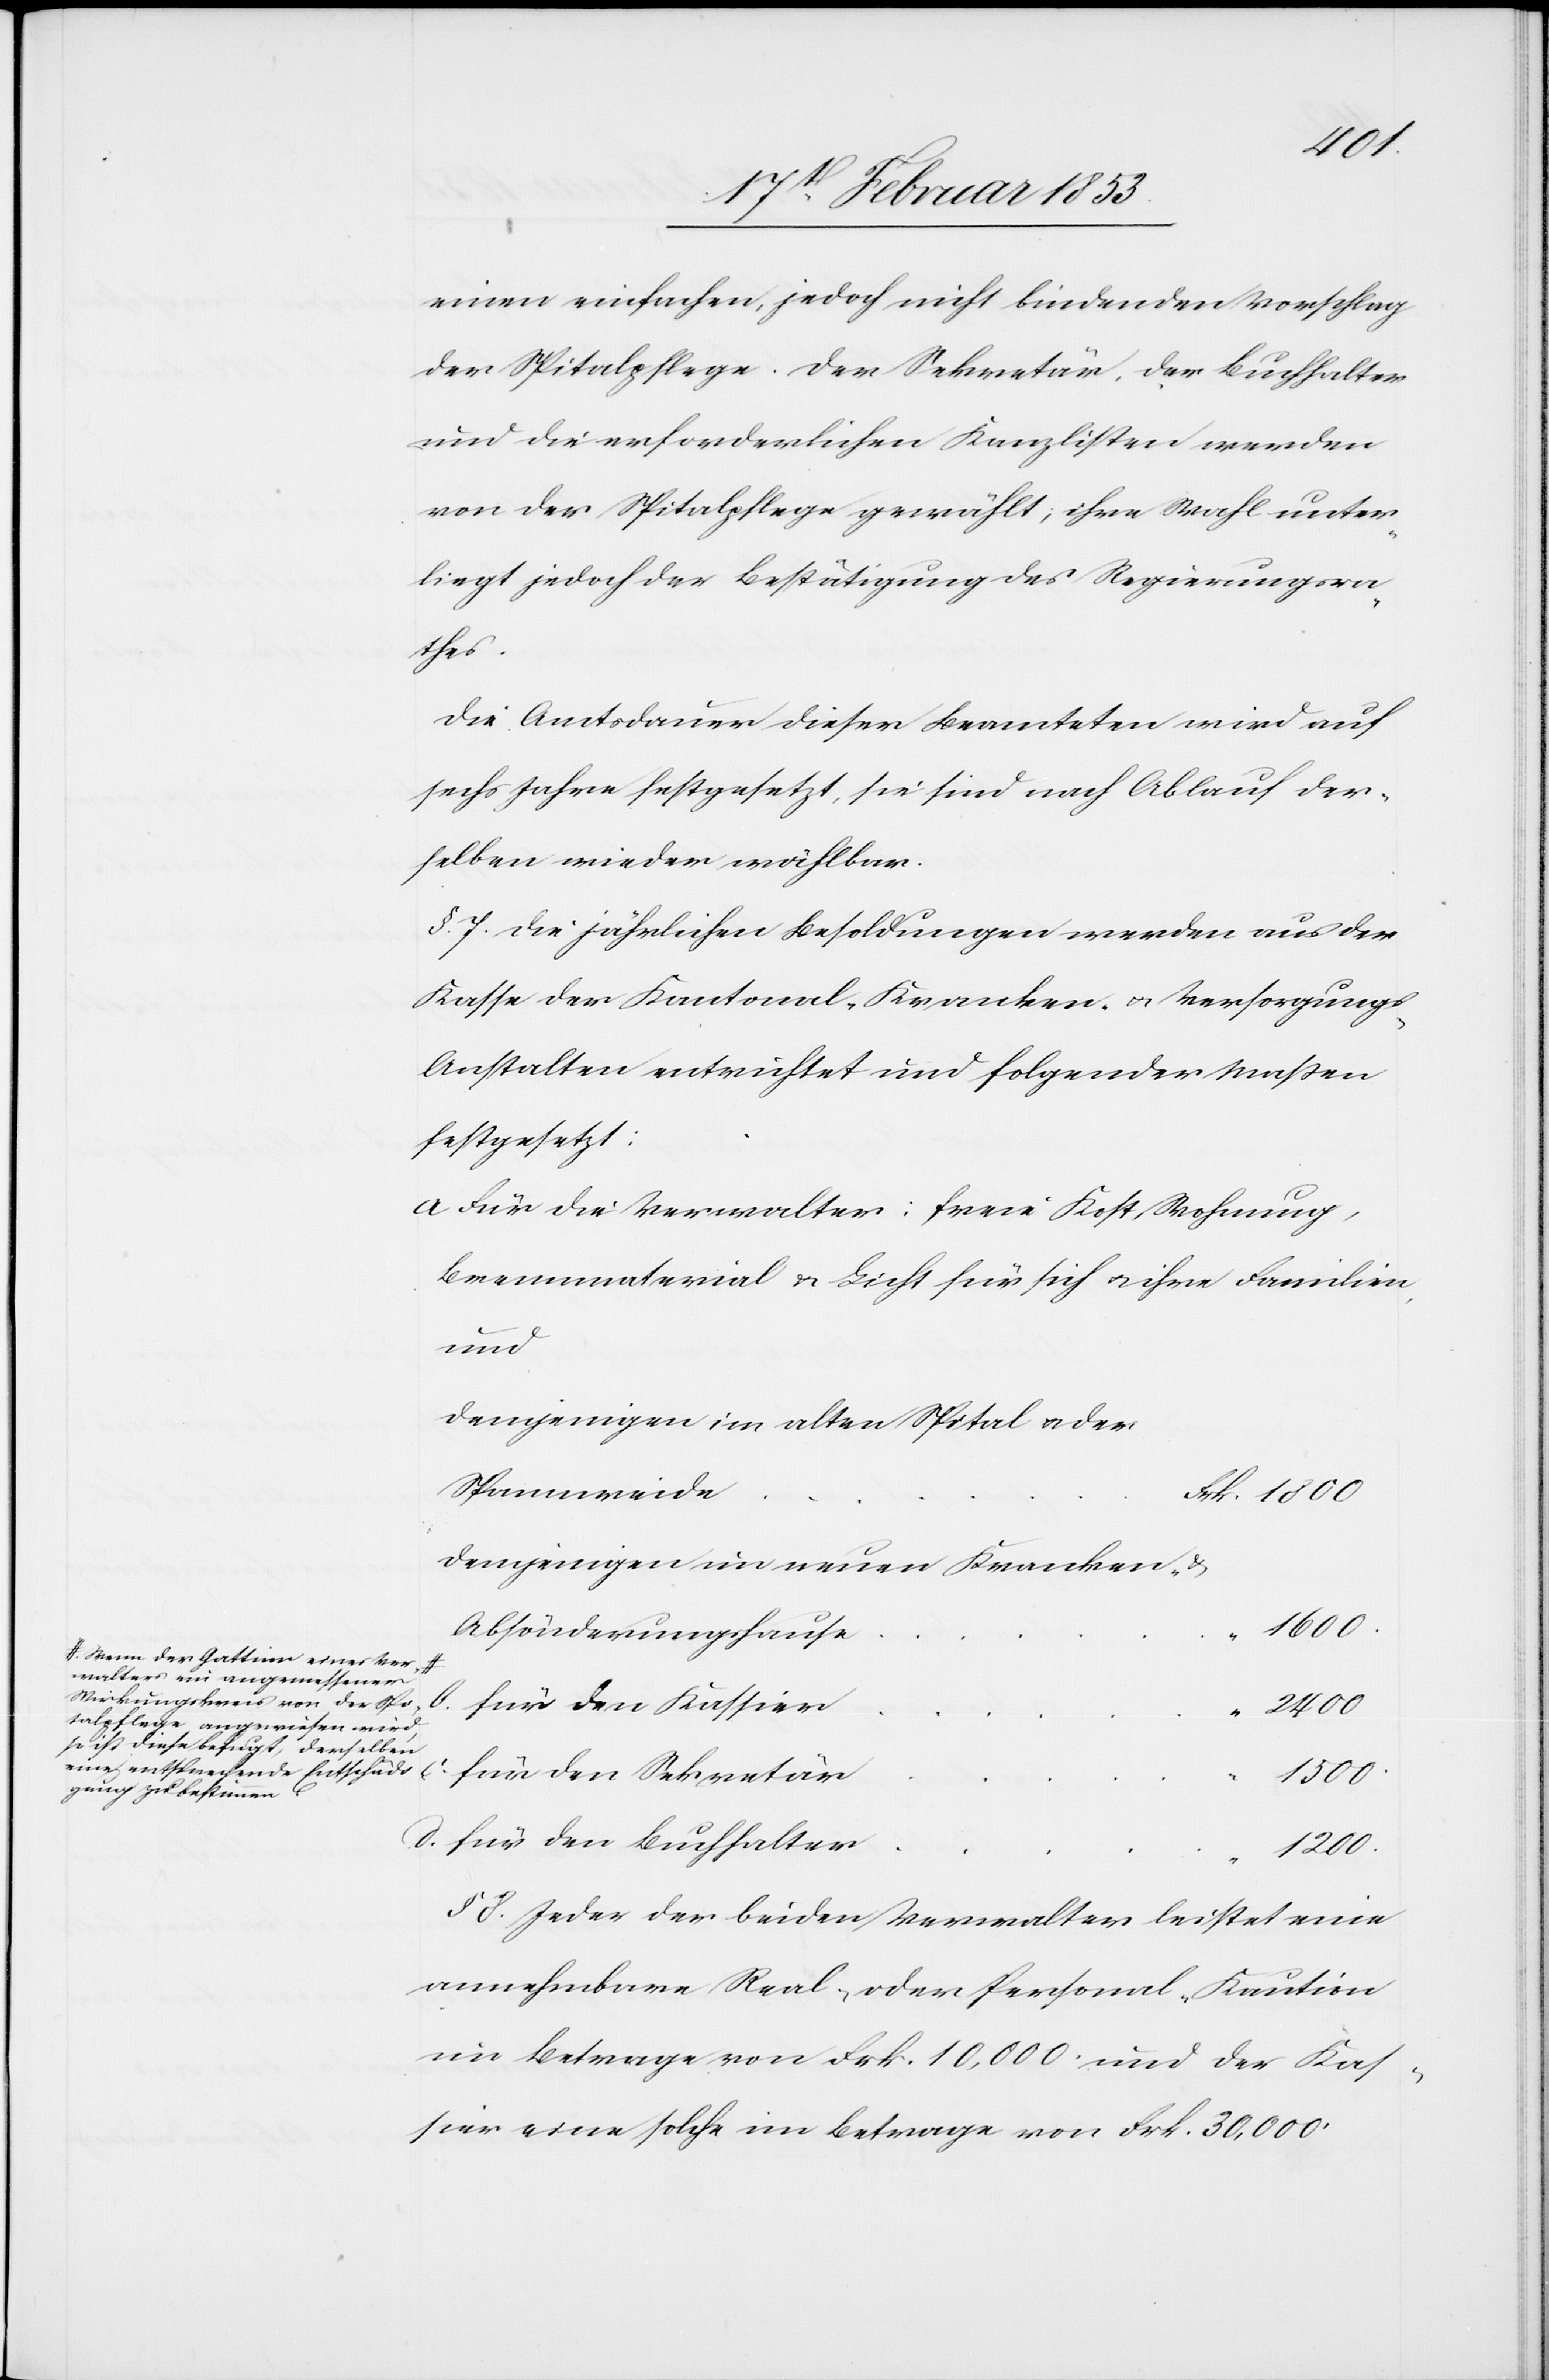
einen einfachen, jedoch nicht bindenden Vorschlag
der Spitalpflege. Der Sekretär, der Buchhalter
und die erforderlichen Kanzlisten werden
von der Spitalpflege gewählt, ihre Wahl unter¬
liegt jedoch der Bestätigung des Regierungsra¬
thes.
Die Amtsdauer dieser Beamteten wird auf
sechs Jahre festgesetzt, sie sind nach Ablauf der¬
selben wieder wählbar.
§ 7 Die jährlichen Besoldungen werden aus der
Kasse der Kantonal-Kranken- u. Versorgung¬
s-Anstalten entrichtet und folgender Maßen
festgesetzt:
a Für die Verwalter: freie Kost, Wohnung,
Brennmaterial u. Licht für sich u. ihre Familie,
den
demjenigen im alten Spital oder
demjenigen im neuen Kranken- u.
1800
Absönderungshaus¬
Wenn der Gattinn eines Ver¬
walters ein angemessener
Wirkungskreis von der Spi¬
b.
2400
talpflege angewiesen wird
so ist diese befugt, derselben
eine entsprechende Entschädi¬
gung zu bestimmen.
e		“	1600
§ 8 Jeder der beiden Verwalter leistet eine
annehmbare Real- oder Personal-Kaution
im Betrage von Frk. 10,000 und der Kas¬
sier eine solche im Betrage von Frk. 30,000

c.